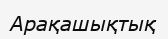
Арақашықтық